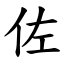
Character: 佐